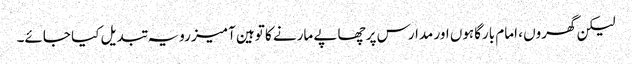
لیکن گھروں ، امام بارگاہوں اور مدارس پر چھاپے مارنے کا توہین آمیز رویہ تبدیل کیا جائے۔